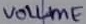
Text: VOLUME